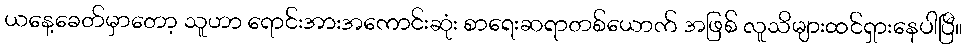
ယနေ့ခေတ်မှာတော့ သူဟာ ရောင်းအားအကောင်းဆုံး စာရေးဆရာတစ်ယောက် အဖြစ် လူသိများထင်ရှားနေပါပြီ။